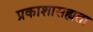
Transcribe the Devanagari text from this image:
प्रकाशासह्यता